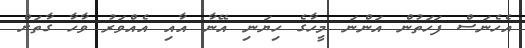
އެހެނަސް ފަހަތުން އަންނަ މީހާގެ ހިޔަނި އޭނާ އާއި އެއްވަރު ވާހާ ގާތަށް